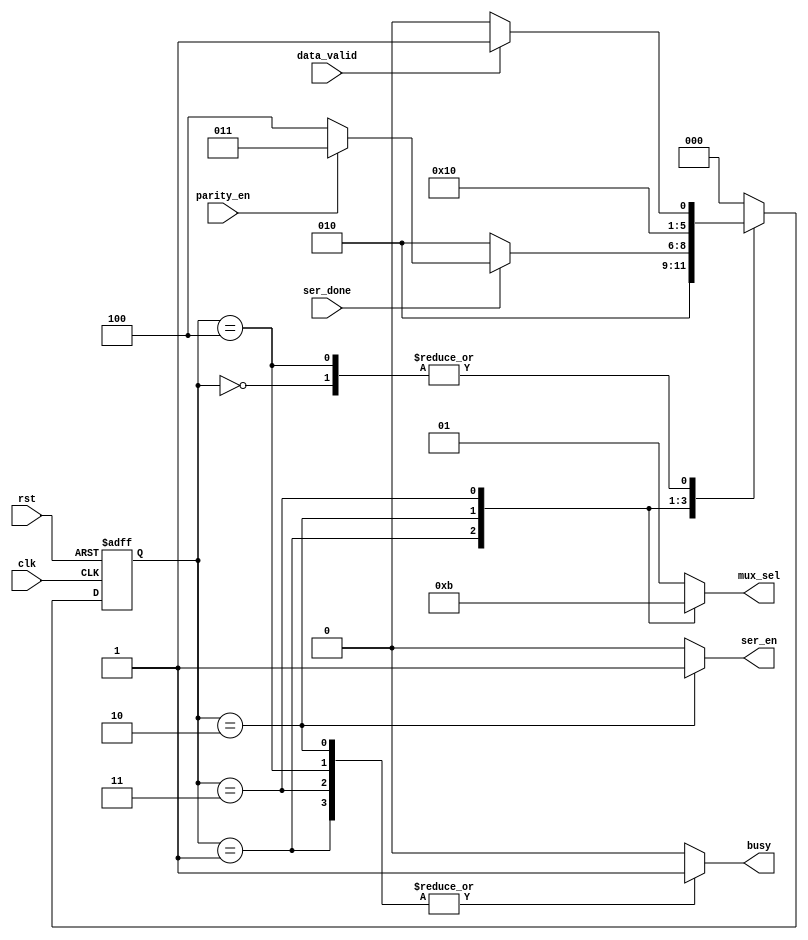
module FSM_TX 
(
  input  wire       clk,
  input  wire       rst,
  
  input  wire       data_valid, 
  input  wire       parity_en,
  input  wire       ser_done,
 
  output reg        ser_en,
  output reg  [1:0] mux_sel,
  output reg        busy       
);

  localparam [1:0] start_bit_sel = 2'b00,
                   stop_bit_sel  = 2'b01,
                   ser_data_sel  = 2'b10,
                   par_bit_sel   = 2'b11;

  localparam [2:0] S0_IDLE = 3'b000,
                   S1_STRT = 3'b001,
                   S2_DATA = 3'b010,
                   S3_PART = 3'b011,
                   S4_STOP = 3'b100;

  reg [2:0] current_state, next_state;

  always @ (posedge clk or negedge rst)
    begin
      if (!rst)
        current_state <= S0_IDLE;
      else 
        current_state <= next_state;
    end

  always @ (*)
    begin    
      casex (current_state)
        S0_IDLE:
          begin
            ser_en = 0; mux_sel = stop_bit_sel; busy = 0;
            
            next_state = (data_valid) ? S1_STRT : S0_IDLE;
          end
        
        S1_STRT:
          begin
            ser_en = 0; mux_sel = start_bit_sel; busy = 1;
            
            next_state = S2_DATA;
          end
          
        S2_DATA:
          begin
            ser_en = 1; mux_sel = ser_data_sel; busy = 1;
            
            if (ser_done)
              next_state = (parity_en) ? S3_PART : S4_STOP;
            else
              next_state = S2_DATA; 
          end
          
        S3_PART:
          begin
            ser_en = 0; mux_sel = par_bit_sel; busy = 1;
            
            next_state = S4_STOP;
          end
          
        S4_STOP:
          begin
            ser_en = 0; mux_sel = stop_bit_sel; busy = 1;
                    
            next_state = (data_valid) ? S1_STRT : S0_IDLE;
          end
          
        default: 
          begin
            ser_en = 0; mux_sel = stop_bit_sel; busy = 0;

            next_state = S0_IDLE;  
          end        
      endcase
    end
endmodule